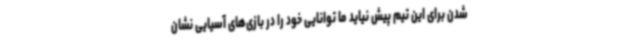
شدن برای این تیم پیش نیاید ما توانایی خود را در بازی‌های آسیایی نشان